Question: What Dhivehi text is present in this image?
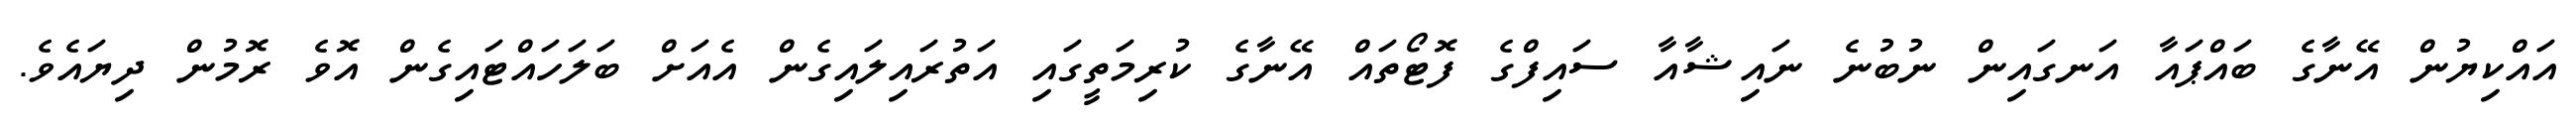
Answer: އައްކިޔުން އޭނާގެ ބައްޕައާ އަނގައިން ނުބުނެ ނައިޝާއާ ސައިފްގެ ފޮޓޯތައް އޭނާގެ ކުރިމަތީގައި އަތުރައިލައިގެން އެއަށް ބަލަހައްޓައިގެން އޮވެ ރޮމުން ދިޔައެވެ.